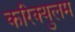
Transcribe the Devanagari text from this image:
करिक्युलम